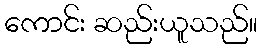
ကောင်း ဆည်းယူသည်။